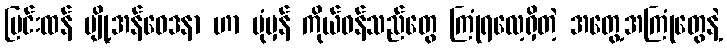
ပြင်းထန် ပျို့အန်ဝေဒနာ ဟာ ပုံမှန် ကိုယ်ဝန်သည်တွေ ကြုံရလေ့ရှိတဲ့ အတွေ့အကြုံတွေနဲ့